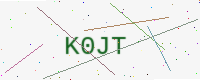
Text: K0JT